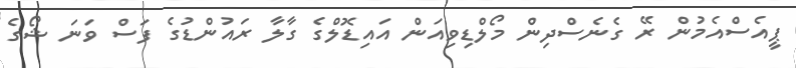
ޕީއެސްއެމުން ރޭ ގެނެސްދިން މޯލްޑިވިއަން އައިޑޮލްގެ ގާލާ ރައުންޑުގެ ފަސް ވަނަ ޝޯގެ